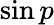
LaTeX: \sin p